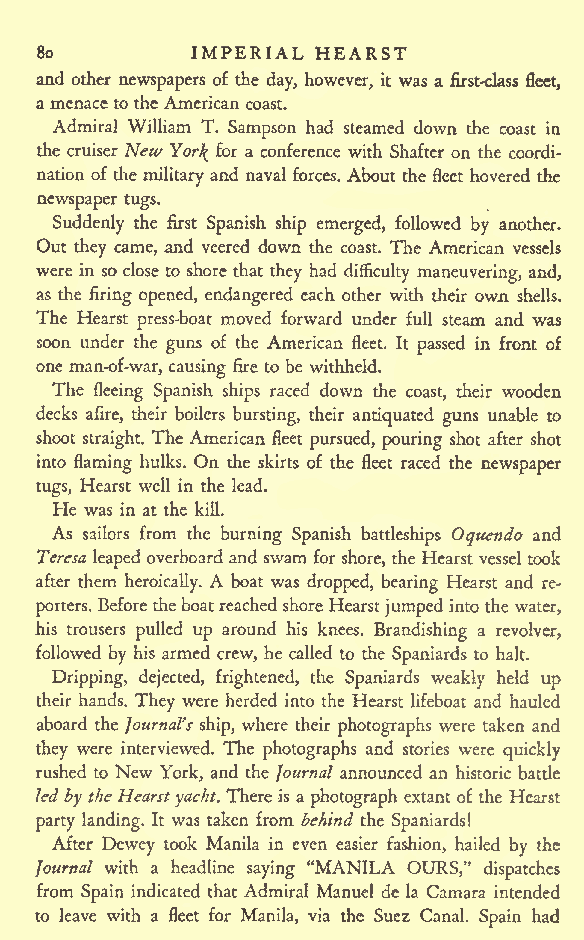
IMPERIAL HEARST
 8o
 and other newspapers of the day, however, it was a first-class fleet,
 amenace totheAmerican coast.
 Admiral William T. Sampson had steamed down the coast in
 the cruiser New Yor^ for a conference with Shafter on the coordi-
 nation of the military and naval forces. About the fleet hovered the
 newspaper tugs.
 Suddenly the first Spanish ship emerged, followed by another.
 Out they came, and veered down the coast. The American vessels
 were in so close to shore that they had difficulty maneuvering, and,
 as the firing opened, endangered each other with their own shells.
 The Hearst press-boat moved forward under full steam and was
 soon under the guns of the American fleet. It passed in front of
 one man-of-war, causing fire to be withheld.
 The fleeing Spanish ships raced down the coast, their wooden
 decks afire, their boilers bursting, their antiquated guns unable to
 shoot straight. The American fleet pursued, pouring shot after shot
 into flaming hulks. On the skirts of the fleet raced the newspaper
 tugs, Hearst well in the lead.
 He was in at the kill.
 As sailors from the burning Spanish battleships Oquendo and
 Teresa leaped overboard and swamfor shore, the Hearst vessel took
 after them heroically. A boat was dropped, bearing Hearst and re-
 porters. Beforetheboatreached shoreHearstjumpedinto the water,
 his trousers pulled up around his knees. Brandishing a revolver,
 followed by his armed crew, he called to the Spaniards to halt.
 Dripping, dejected, frightened, the Spaniards weakly held up
 their hands. They were herded into the Hearst lifeboat and hauled
 aboard the Journal's ship, where their photographs were taken and
 they were interviewed. The photographs and stories were quickly
 rushed to New York, and the Journal announced an historic battle
 ledby theHearst yacht. Thereis a photograph extant of the Hearst
 party landing. It was taken from behind the Spaniards!
 After Dewey took Manila in even easier fashion, hailed by the
 Journal with a headline saying "MANILA OURS," dispatches
 from Spain indicated that Admiral Manuel de la Camara intended
 to leave with a fleet for Manila, via the Suez Canal. Spain had